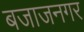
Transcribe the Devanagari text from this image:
बजाजनगर